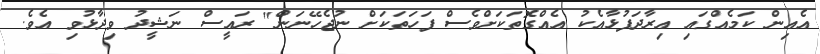
އެއިން ކަމެއްގައި އިރާދަފުޅާއެކު އެއްގޮތަކަށްވެސް ފަހަތަކަށް ނުޖެހޭނަން" ރައީސް ނަޝީދު ވިދާޅުވި އެވެ.